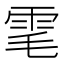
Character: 雮